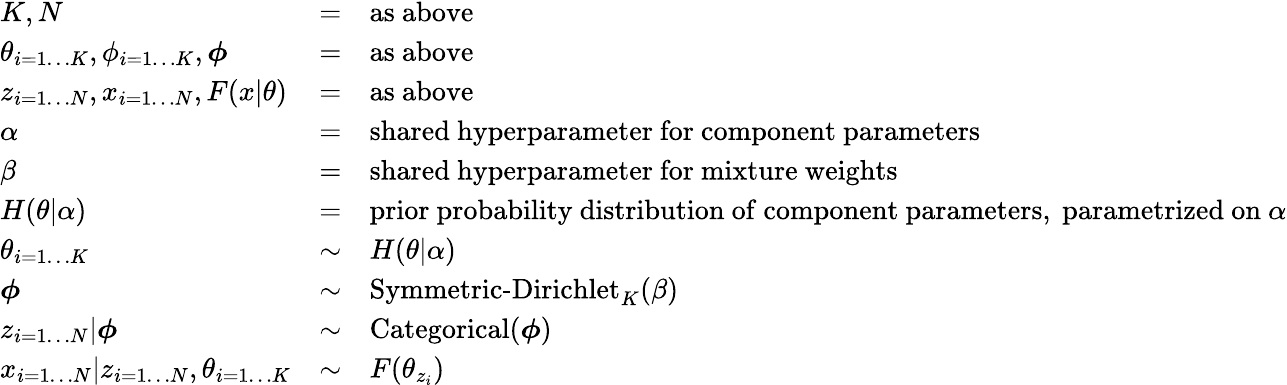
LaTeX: {\begin{array}{lcl}{K,N}&{=}&{{\mathrm{as~above}}}\\ {\theta_{i=1\dots K},\phi_{i=1\dots K},{\boldsymbol{\phi}}}&{=}&{{\mathrm{as~above}}}\\ {z_{i=1\dots N},x_{i=1\dots N},F(x|\theta)}&{=}&{{\mathrm{as~above}}}\\ {\alpha}&{=}&{{\mathrm{shared~hyperparameter~for~component~parameters}}}\\ {\beta}&{=}&{{\mathrm{shared~hyperparameter~for~mixture~weights}}}\\ {H(\theta|\alpha)}&{=}&{{\mathrm{prior~probability~distribution~of~component~parameters,~parametrized~on~}}\alpha}\\ {\theta_{i=1\dots K}}&{\sim}&{H(\theta|\alpha)}\\ {{\boldsymbol{\phi}}}&{\sim}&{\operatorname{Symmetric-Dirichlet}_{K}(\beta)}\\ {z_{i=1\dots N}|{\boldsymbol{\phi}}}&{\sim}&{\operatorname{Categorical}({\boldsymbol{\phi}})}\\ {x_{i=1\dots N}|z_{i=1\dots N},\theta_{i=1\dots K}}&{\sim}&{F(\theta_{z_{i}})}\end{array}}